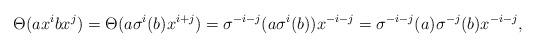
LaTeX: \begin{align*}\Theta(ax^ibx^j) = \Theta(a\sigma^i(b)x^{i+j}) = \sigma^{-i-j}(a\sigma^i(b))x^{-i-j} = \sigma^{-i-j}(a)\sigma^{-j}(b)x^{-i-j}, \end{align*}